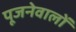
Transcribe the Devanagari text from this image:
पूजनेवालों